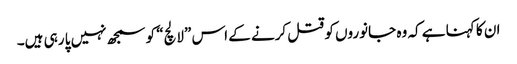
ان کا کہنا ہے کہ وہ جانوروں کو قتل کرنے کے اس ”لالچ“ کو سمجھ نہیں پا رہی ہیں۔